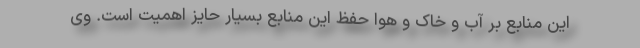
این منابع بر آب و خاک و هوا حفظ این منابع بسیار حایز اهمیت است. وی